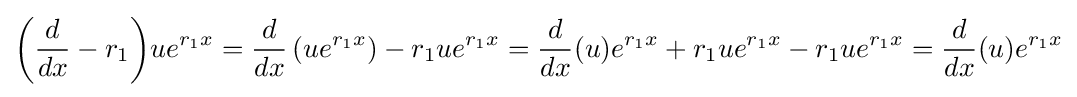
\left({\frac {d}{dx}}-r_{1}\right)\!ue^{r_{1}x}={\frac {d}{dx}}\left(ue^{r_{1}x}\right)-r_{1}ue^{r_{1}x}={\frac {d}{dx}}(u)e^{r_{1}x}+r_{1}ue^{r_{1}x}-r_{1}ue^{r_{1}x}={\frac {d}{dx}}(u)e^{r_{1}x}